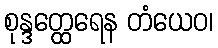
စုန္ဒတ္ထေရေန တံယေဝ၊